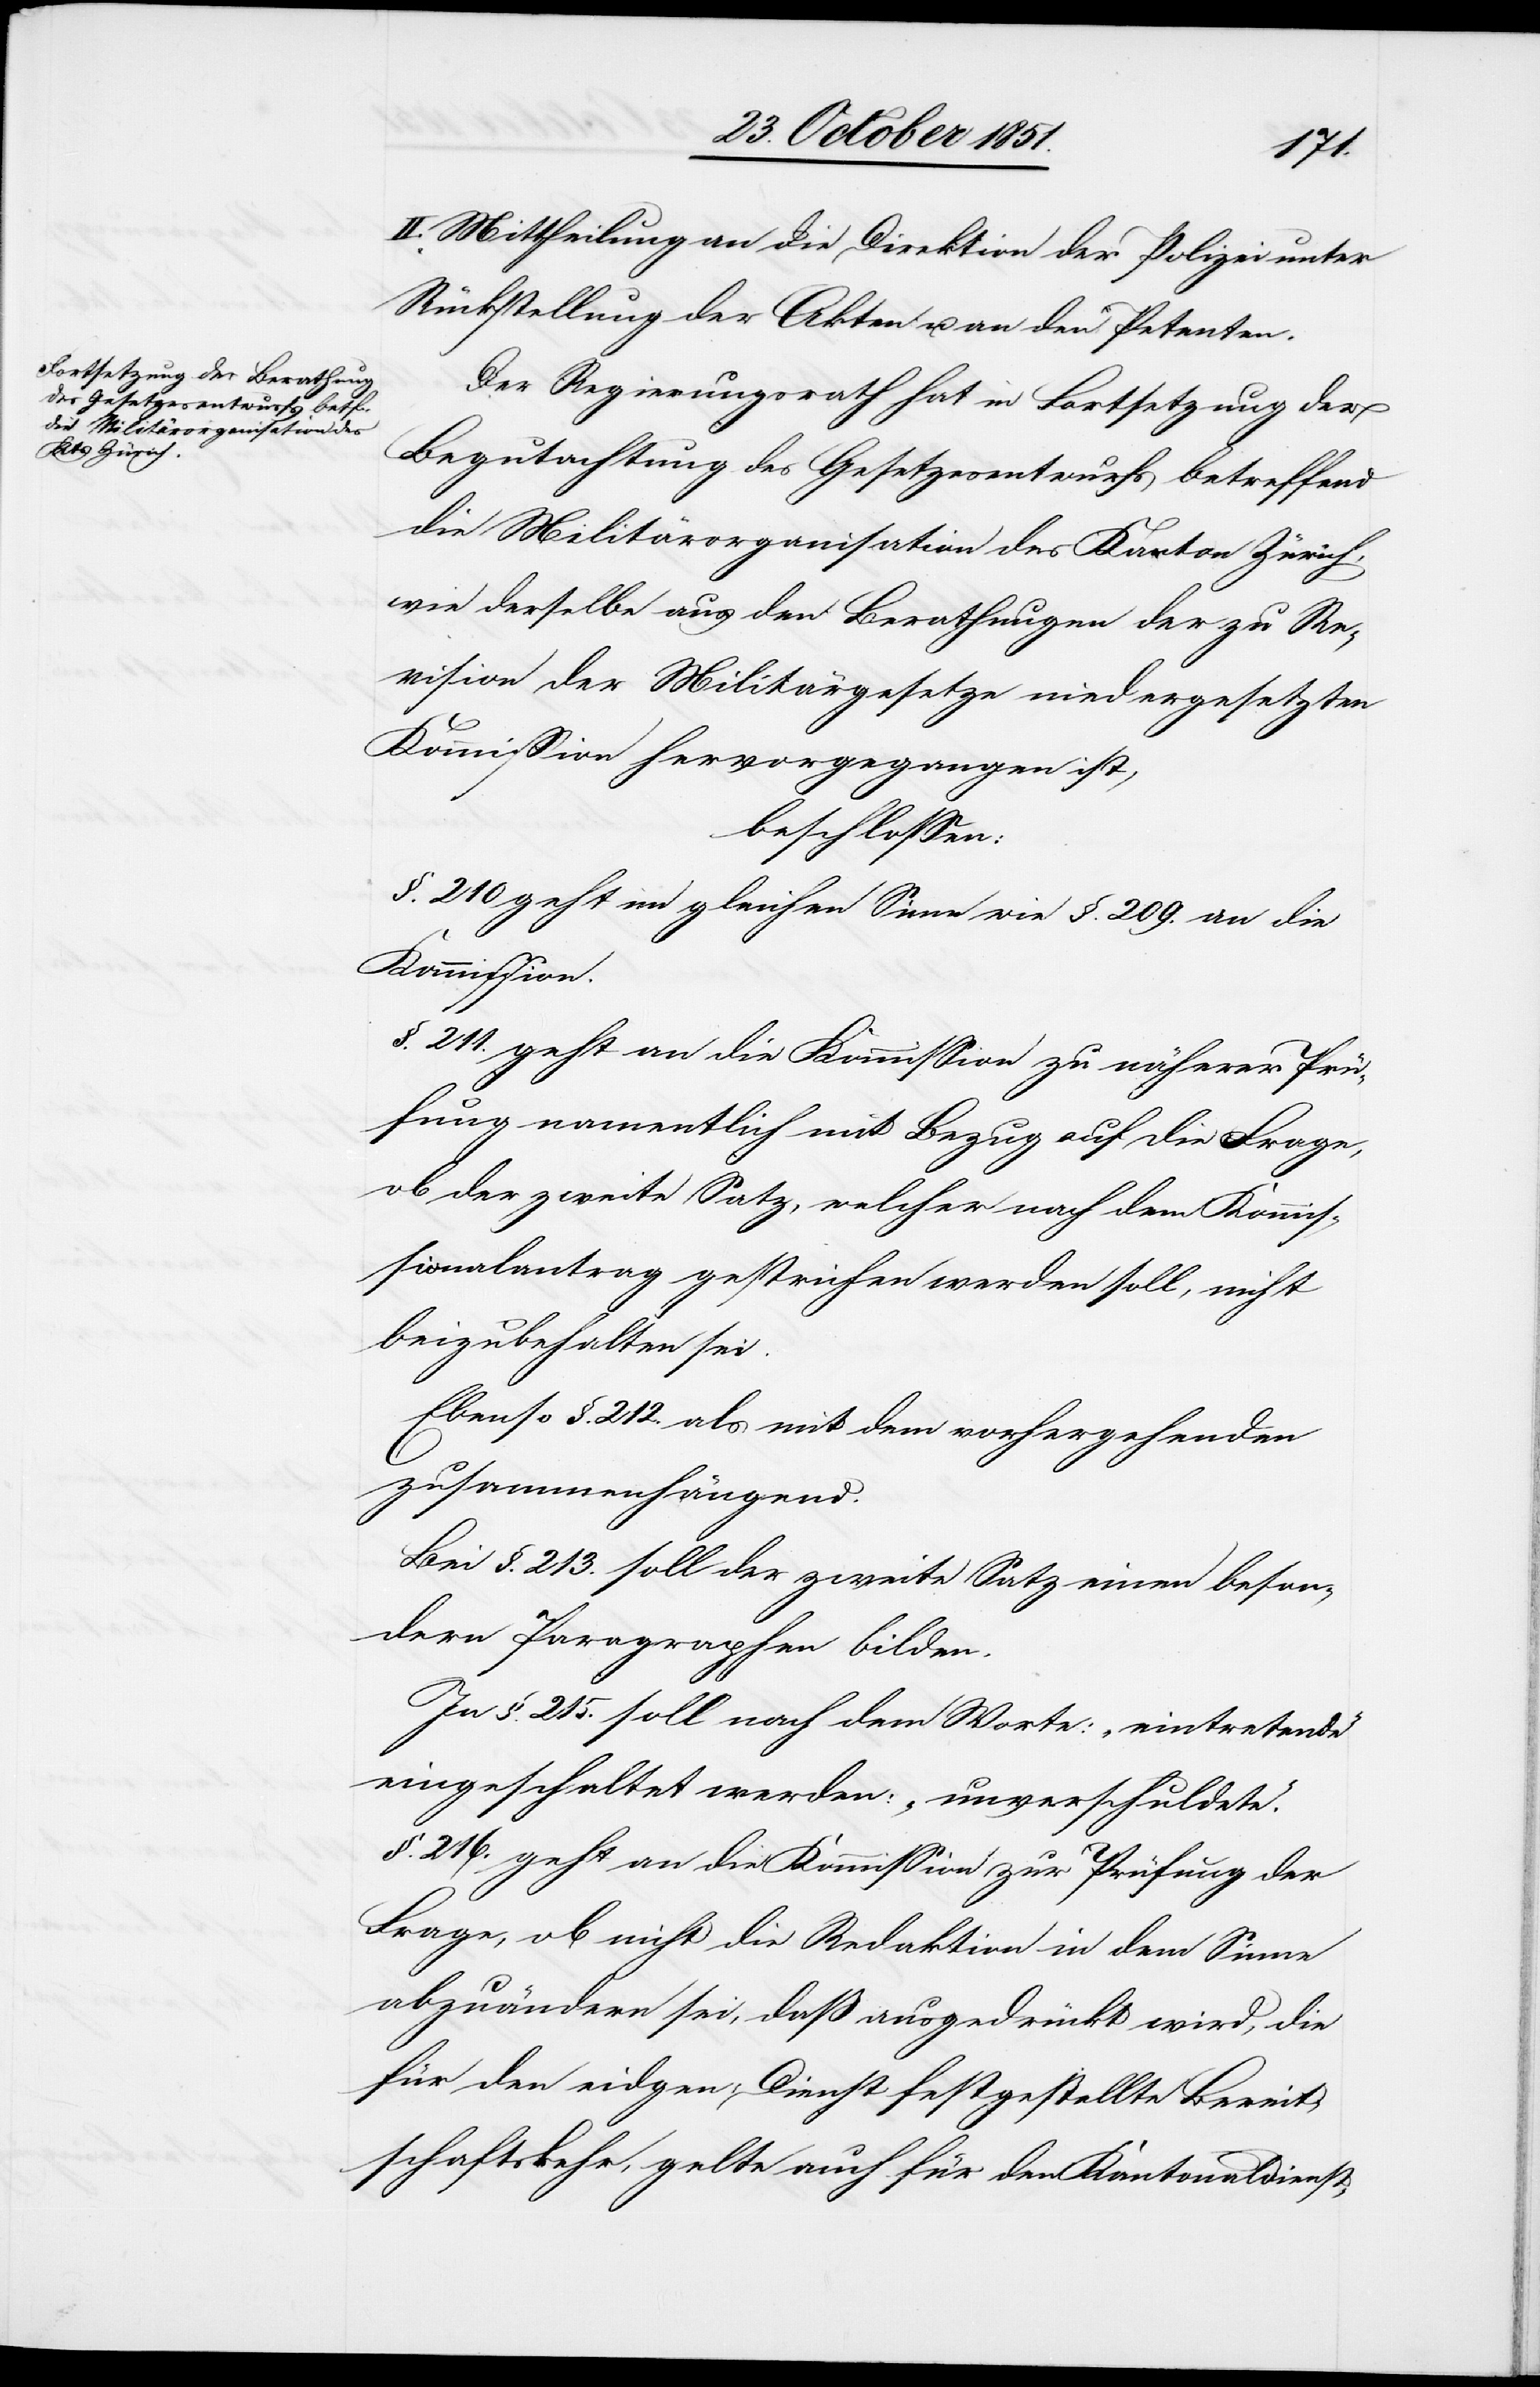
II. Mittheilung an die Direktion der Polizei unter
Rückstellung der Akten u. an den Petenten.
Der Regierungsrath hat in Fortsetzung der
Begutachtung des Gesetzesentwurfs betreffend
die Militärorganisation des Kanton Zürich,
wie derselbe aus den Berathungen der zu Re¬
vision der Militärgesetze niedergesetzten
Kommission hervorgegangen ist,
beschlossen:
§. 210 geht im gleichen Sinne wie §. 209. an die
Kommission.
§. 211. geht an die Kommission zu näherer Prü¬
fung namentlich mit Bezug auf die Frage,
ob der zweite Satz, welcher nach dem Kommis¬
sionalantrag gestrichen werden soll, nicht
beizubehalten sei.
Ebenso §. 212. als mit dem vorhergehenden
zusammenhängend.
Bei §. 213. soll der zweite Satz einen beson¬
dern Paragraphen bilden.
In §. 215. soll nach dem Worte: „eintretende“
eingeschaltet werden: „unverschuldete.“
§. 216. geht an die Kommission zur Prüfung der
Frage, ob nicht die Redaktion in dem Sinne
abzuändern sei, daß ausgedrückt wird, die
für den eidgen. Dienst festgestellte Bereit¬
schaftskehr, gelte auch für den Kantonaldienst,